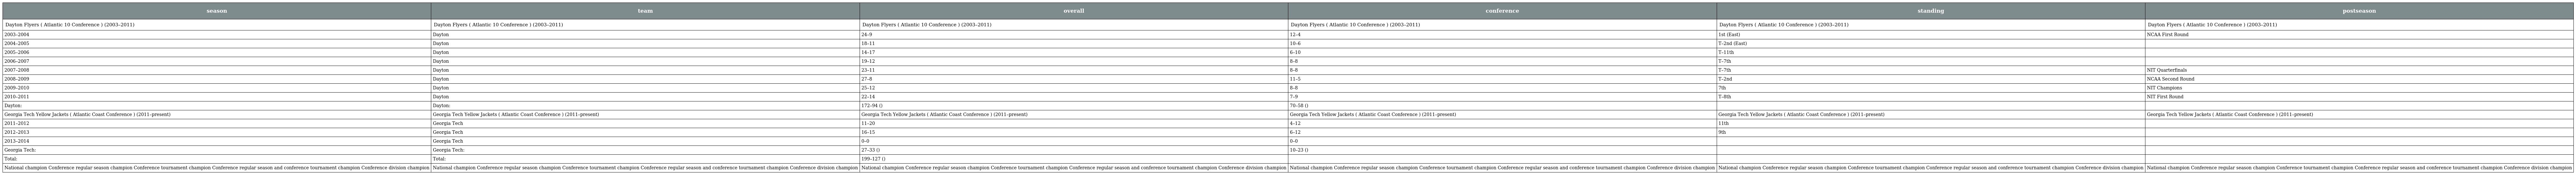
| season | team | overall | conference | standing | postseason |
 | --- | --- | --- | --- | --- | --- |
 | Dayton Flyers ( Atlantic 10 Conference ) (2003–2011) | Dayton Flyers ( Atlantic 10 Conference ) (2003–2011) | Dayton Flyers ( Atlantic 10 Conference ) (2003–2011) | Dayton Flyers ( Atlantic 10 Conference ) (2003–2011) | Dayton Flyers ( Atlantic 10 Conference ) (2003–2011) | Dayton Flyers ( Atlantic 10 Conference ) (2003–2011) |
 | 2003–2004 | Dayton | 24–9 | 12–4 | 1st (East) | NCAA First Round |
 | 2004–2005 | Dayton | 18–11 | 10–6 | T–2nd (East) |  |
 | 2005–2006 | Dayton | 14–17 | 6–10 | T–11th |  |
 | 2006–2007 | Dayton | 19–12 | 8–8 | T–7th |  |
 | 2007–2008 | Dayton | 23–11 | 8–8 | T–7th | NIT Quarterfinals |
 | 2008–2009 | Dayton | 27–8 | 11–5 | T–2nd | NCAA Second Round |
 | 2009–2010 | Dayton | 25–12 | 8–8 | 7th | NIT Champions |
 | 2010–2011 | Dayton | 22–14 | 7–9 | T–8th | NIT First Round |
 | Dayton: | Dayton: | 172–94 () | 70–58 () |  |  |
 | Georgia Tech Yellow Jackets ( Atlantic Coast Conference ) (2011–present) | Georgia Tech Yellow Jackets ( Atlantic Coast Conference ) (2011–present) | Georgia Tech Yellow Jackets ( Atlantic Coast Conference ) (2011–present) | Georgia Tech Yellow Jackets ( Atlantic Coast Conference ) (2011–present) | Georgia Tech Yellow Jackets ( Atlantic Coast Conference ) (2011–present) | Georgia Tech Yellow Jackets ( Atlantic Coast Conference ) (2011–present) |
 | 2011–2012 | Georgia Tech | 11–20 | 4–12 | 11th |  |
 | 2012–2013 | Georgia Tech | 16–15 | 6–12 | 9th |  |
 | 2013–2014 | Georgia Tech | 0–0 | 0–0 |  |  |
 | Georgia Tech: | Georgia Tech: | 27–33 () | 10–23 () |  |  |
 | Total: | Total: | 199–127 () |  |  |  |
 | National champion Conference regular season champion Conference tournament champion Conference regular season and conference tournament champion Conference division champion | National champion Conference regular season champion Conference tournament champion Conference regular season and conference tournament champion Conference division champion | National champion Conference regular season champion Conference tournament champion Conference regular season and conference tournament champion Conference division champion | National champion Conference regular season champion Conference tournament champion Conference regular season and conference tournament champion Conference division champion | National champion Conference regular season champion Conference tournament champion Conference regular season and conference tournament champion Conference division champion | National champion Conference regular season champion Conference tournament champion Conference regular season and conference tournament champion Conference division champion |